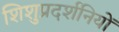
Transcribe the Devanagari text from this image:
शिशुप्रदर्शनियों